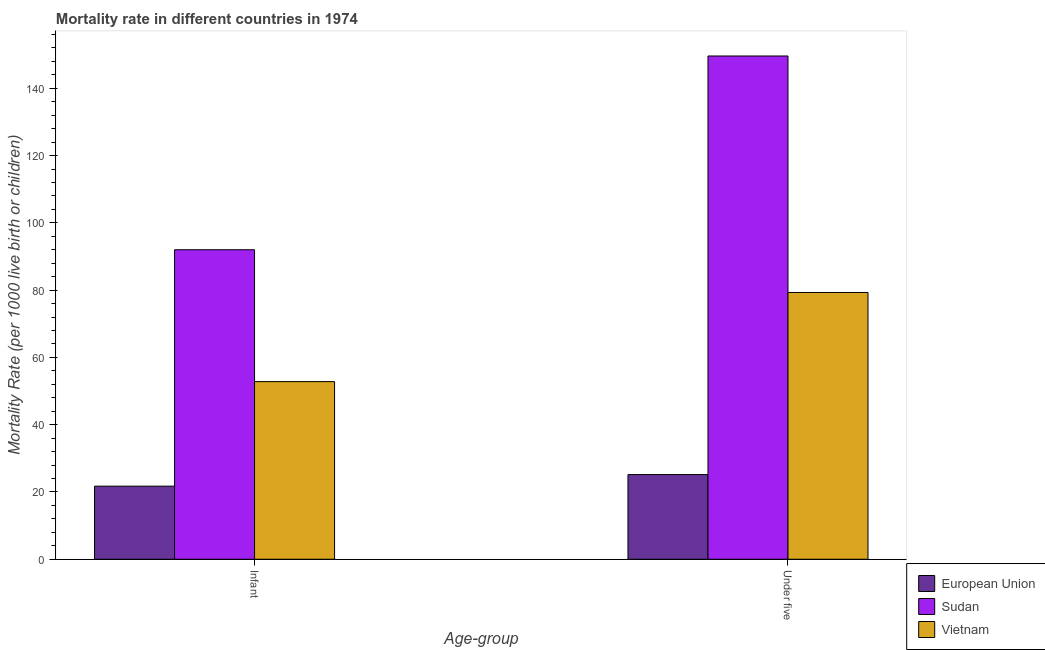
| Age-group | European Union | Sudan | Vietnam |
 | --- | --- | --- | --- |
 | Infant | 21.7 | 92 | 52.8 |
 | Under five | 25.2 | 150 | 79.3 |